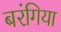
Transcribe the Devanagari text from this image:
बरंगिया